Vaccination Hyderabad 1872-1889 - 1872-1889
Year: 1872
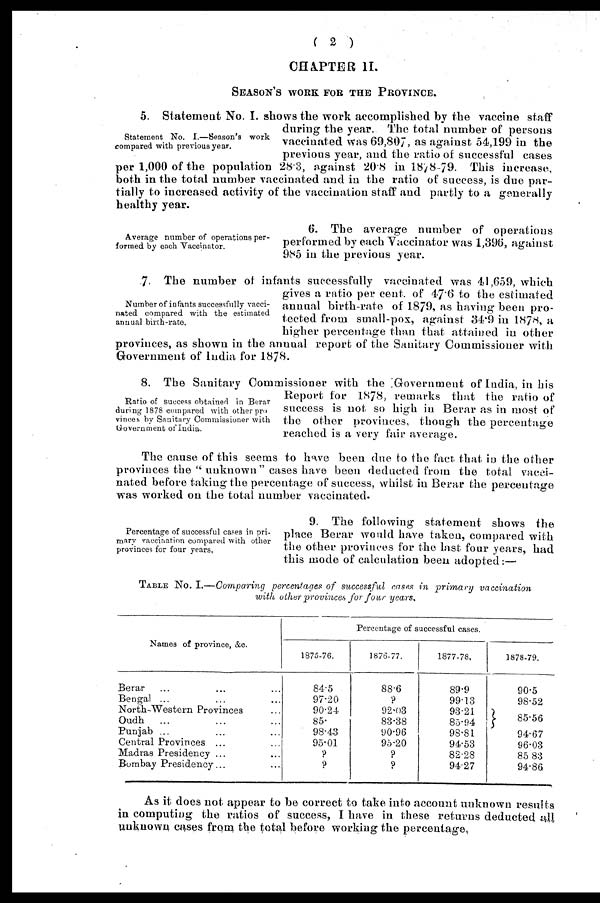
( 2 )
CHAPTER II.
SEASON'S WORK FOR THE PROVINCE.
Statement No. I.—Season's work
compared with previous year.
5. Statement No. I. shows the work accomplished by the vaccine staff
during the year. The total number of persons
vaccinated was 69,807, as against 54,199 in the
previous year, and the ratio of successful cases
per 1,000 of the population 28.3, against 20.8 in 1878-79. This increase,
both in the total number vaccinated and in the ratio of success, is due par-
tially to increased activity of the vaccination staff and partly to a generally
healthy year.
Average number of operations per-
formed by each Vaccinator.
6 The average number of operations
performed by each Vaccinator was 1,396, against
985 in the previous year.
Number of infants successfully vacci-
nated compared with the estimated
annual birth-rate,
7. The number of infants successfully vaccinated was 41,659, which
gives a ratio per cent. of 47.6 to the estimated
annual birth-rate of 1879, as having been pro-
tected from small-pox, against 34.9 in 1878, a
higher percentage than that attained in other
provinces, as shown in the annual report of the Sanitary Commissioner with
Government of India for 1878.
Ratio of success obtained in Berar
during 1878 compared with other pro
vinces by Sanitary Commissioner with
Government of India.
8. The Sanitary Commissioner with the Government of India, in his
Report for 1878, remarks that the ratio of
success is not so high in Berar as in most of
the other provinces, though the percentage
reached is a very fair average.
The cause of this seems to have been due to the fact that in the other
provinces the " unknown " cases have been deducted from the total vacci-
nated before taking the percentage of success, whilst in Berar the percentage
was worked on the total number vaccinated.
Percentage of successful cases in pri-
mary vaccination compared with other
provinces for four years,
9. The following statement shows the
place Berar would have taken, compared with
the other provinces for the last four years, had
this mode of calculation been adopted:—
TABLE No. I.—Comparing percentages of successful cases in primary
vaccination
with other provinces for four years.
Names of province, &c.
Berar ... ... ...
Bengal ... ... ...
North-Western Provinces ...
Oudh
... ... ...
Punjab ... ... ...
Central Provinces ... ...
Madras Presidency ... ...
Bombay Presidency... ...
Percentage of successful cases.
1875-76.
84.5
97.20
90.24.
85.
98.43
95.01
?
?
1876-77.
88.6
?
92.03
83.38
90.96
95.20
?
?
1877-78.
89.9
99.13
93.21
85.94
98.81
94.53
82.28
94.27
1878-79.
90.5
98.52
85.56
94.67
96.03
85.83
94.86
As it does not appear to be correct to take into account unknown results
in computing the ratios of success, I have in these returns deducted all
unknown cases from the total before working the percentage.